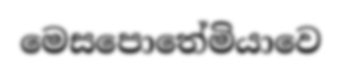
මෙසපොතේමියාවෙ